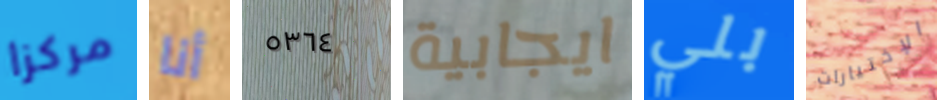
مركزا أنا ٥٣٦٤ ايجابية بلي الإختيارات